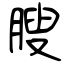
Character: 膄